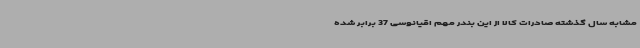
مشابه سال گذشته صادرات کالا از این بندر مهم اقیانوسی 37 برابر شده